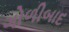
ગોળીબાદ